画像に写った文字を読んでください
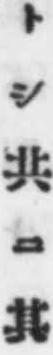
「トシ共ニ其」と書いてあります